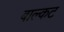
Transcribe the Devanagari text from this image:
बाल्कट